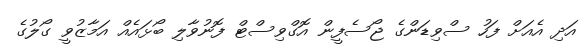
އަދި އެއަށް ފަހު ސްވިޑަންގެ ޖޯސެފީން އޮގްވިސްޓް ފޮނުވާލި ބޯޅައެއް އަމާޒުވީ ގޯލުގެ